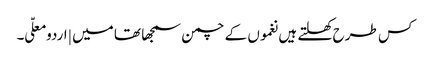
کس طرح کھلتے ہیں نغموں کے چمن سمجھا تھا میں | اردو معلّی ۔